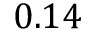
0 . 1 4